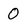
Character: 0